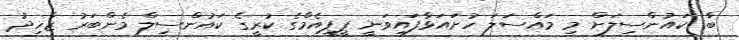
ބާ ކައުންސިލަށް މި މައްސަލަ ހުށައަޅާފައިވަނީ ޕީޕީއެމްގެ ކުރީގެ ކައުންސިލް މެންބަރު ޒާހިދު